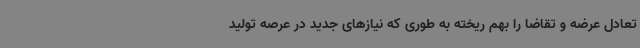
تعادل عرضه و تقاضا را بهم ریخته به طوری که نیازهای جدید در عرصه تولید